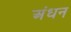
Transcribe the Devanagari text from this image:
अंधन